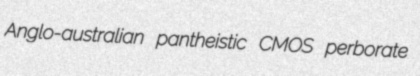
Anglo-australian pantheistic CMOS perborate